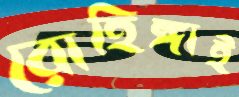
রোহিঙ্গাই